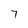
Character: 7